Report of the Indian Hemp Drugs Commission, 1894-1895 - Volume III
Year: 1894
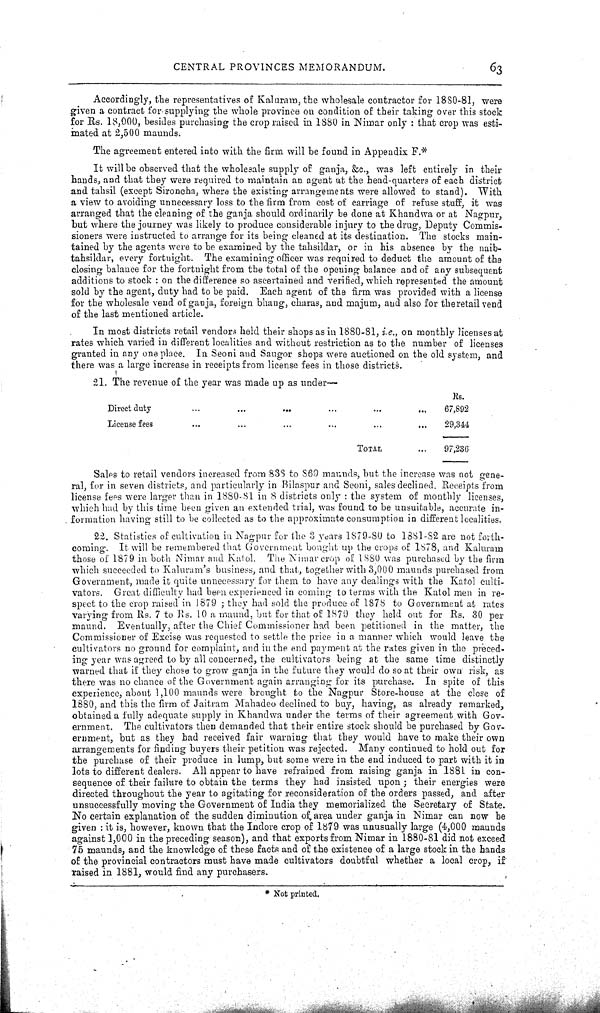
CENTRAL PROVINCES MEMORANDUM.
63
Accordingly, the representatives of Kaluram, the wholesale contractor for 1880-81, were
given a contract for supplying the whole province on condition of their taking over this stock
for Rs. 18,000, besides purchasing the crop raised in 1880 in Nimar only: that crop was esti-
mated at 2,500 maunds.
The agreement entered into with the firm will be found in Appendix F.*
It will be observed that the wholesale supply of ganja, &c., was left entirely in their
hands, and that they were required to maintain an agent at the head-quarters of each district
and tahsil (except Sironcha, where the existing arrangements were allowed to stand). With
a view to avoiding unnecessary loss to the firm from cost of carriage of refuse stuff, it was
arranged that the cleaning of the ganja should ordinarily be done at Khandwa or at Nagpur,
but where the journey was likely to produce considerable injury to the drug, Deputy Commis-
sioners were instructed to arrange for its being cleaned at its destination. The stocks main-
tained by the agents were to be examined by the tahsildar, or in his absence by the naib-
tahsildar, every fortnight. The examining officer was required to deduct the amount of the
closing balance for the fortnight from the total of the opening balance and of any subsequent
additions to stock: on the difference so ascertained and verified, which represented the amount
sold by the agent, duty had to be paid. Each agent of the firm was provided with a license
for the wholesale vend of ganja, foreign bhang, charas, and majum, and also for the retail vend
of the last mentioned article.
In most districts retail vendors held their shops as in 1880-81, i.e., on monthly licenses at
rates which varied in different localities and without restriction as to the number of licenses
granted in any one place. In Seoni and Saugor shops were auctioned on the old system, and
there was a large increase in receipts from license fees in those districts.
21. The revenue of the year was made up as under—
Rs.
Direct duty
67,892
License fees
29,344
TOTAL
97,236
Sales to retail vendors increased from 838 to 869 maunds, but the increase was not gene-
ral, for in seven districts, and particularly in Bilaspur and Seoni, sales declined. Receipts from
license fees were larger than in 1880-81 in 8 districts only: the system of monthly licenses,
which had by this time been given an extended trial, was found to be unsuitable, accurate in-
formation having still to be collected as to the approximate consumption in different localities.
22. Statistics of cultivation in Nagpur for the 3 years 1879-80 to 1881-82 are not forth-
coming. It will be remembered that Government bought up the crops of 1878, and Kaluram
those of 1879 in both Nimar and Katol. The Nimar crop of 1880 was purchased by the firm
which succeeded to Kaluram's business, and that, together with 3,000 maunds purchased from
Government, made it quite unnecessary for them to have any dealings with the Katol culti-
vators. Great difficulty had been experienced in coming to terms with the Katol men in re-
spect to the crop raised in 1879; they had sold the produce of 1878 to Government at rates
varying from Rs. 7 to Rs. 10 a maund, but for that of 1879 they held out for Rs. 30 per
maund. Eventually, after the Chief Commissioner had been petitioned in the matter, the
Commissioner of Excise was requested to settle the price in a manner which would leave the
cultivators no ground for complaint, and in the end payment at the rates given in the preced-
ing year was agreed to by all concerned, the cultivators being at the same time distinctly
warned that if they chose to grow ganja in the future they would do so at their own risk, as
there was no chance of the Government again arranging for its purchase. In spite of this
experience, about 1,100 maunds were brought to the Nagpur Store-house at the close of
1880, and this the firm of Jaitram Mahadeo declined to buy, having, as already remarked,
obtained a fully adequate supply in Khandwa under the terms of their agreement with Gov-
ernment. The cultivators then demanded that their entire stock should be purchased by Gov-
ernment, but as they had received fair warning that they would have to make their own
arrangements for finding buyers their petition was rejected. Many continued to hold out for
the purchase of their produce in lump, but some were in the end induced to part with it in
lots to different dealers. All appear to have refrained from raising ganja in 1881 in con-
sequence of their failure to obtain the terms they had insisted upon; their energies were
directed throughout the year to agitating for reconsideration of the orders passed, and after
unsuccessfully moving the Government of India they memorialized the Secretary of State.
No certain explanation of the sudden diminution of area under ganja in Nimar can now be
given: it is, however, known that the Indore crop of 1879 was unusually large (4,000 maunds
against 1,000 in the preceding season), and that exports from Nimar in 1880-81 did not exceed
75 maunds, and the knowledge of these facts and of the existence of a large stock in the hands
of the provincial contractors must have made cultivators doubtful whether a local crop, if
raised in 1881, would find any purchasers.
*Not printed.